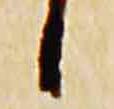
候